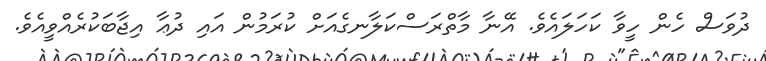
ދުވަސް ހެން ހީވާ ކަހަލައެވެ. އޭނާ މާތްރަސްކަލާނގެއަށް ކުރަމުން އައި ދުޢާ އިޖާބަކުރެއްވީއެވެ.